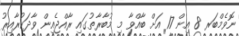
ނޮވެމްބަރ 8 އިން 17 އަށް ބާއްވާ މި މުބާރާތުގައި ރާއްޖެއިން ވާދަކުރާއިރު